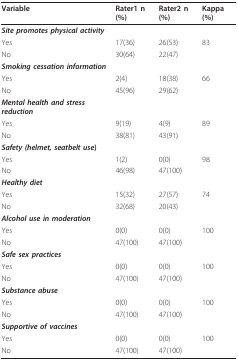
| Variable | Rater1 n(%) | Rater2 n(%) | Kappa (%) |
 | --- | --- | --- | --- |
 | Site promotes physical activity |  |  |  |
 | Yes | 17(36) | 26(53) | 83 |
 | No | 30(64) | 22(47) |  |
 | Smoking cessation information |  |  |  |
 | Yes | 2(4) | 18(38) | 66 |
 | No | 45(96) | 29(62) |  |
 | Mental health and stress reduction |  |  |  |
 | Yes | 9(19) | 4(9) | 89 |
 | No | 38(81) | 43(91) |  |
 | Safety (helmet, seatbelt use) |  |  |  |
 | Yes | 1(2) | 0(0) | 98 |
 | No | 46(98) | 47(100) |  |
 | Healthy diet |  |  |  |
 | Yes | 15(32) | 27(57) | 74 |
 | No | 32(68) | 20(43) |  |
 | Alcohol use in moderation |  |  |  |
 | Yes | 0(0) | 0(0) | 100 |
 | No | 47(100) | 47(100) |  |
 | Safe sex practices |  |  |  |
 | Yes | 0(0) | 0(0) | 100 |
 | No | 47(100) | 47(100) |  |
 | Substance abuse |  |  |  |
 | Yes | 0(0) | 0(0) | 100 |
 | No | 47(100) | 47(100) |  |
 | Supportive of vaccines |  |  |  |
 | Yes | 0(0) | 0(0) | 100 |
 | No | 47(100) | 47(100) |  |